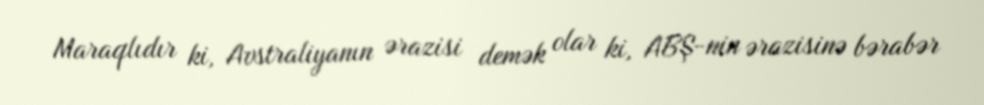
Maraqlıdır ki, Avstraliyanın ərazisi demək olar ki, ABŞ-nin ərazisinə bərabər